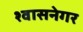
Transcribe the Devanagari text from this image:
श्वासनेगर